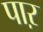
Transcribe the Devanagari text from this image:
पाऱ